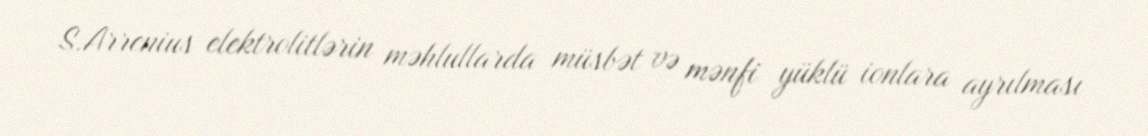
S.Arrenius elektrolitlərin məhlullarda müsbət və mənfi yüklü ionlara ayrılması